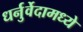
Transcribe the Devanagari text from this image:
धर्नुर्वेदामध्ये